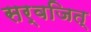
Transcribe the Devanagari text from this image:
सर्वजित्